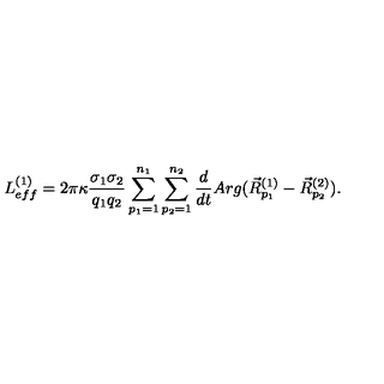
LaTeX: L _ { e f f } ^ { ( 1 ) } = 2 \pi \kappa \frac { \sigma _ { 1 } \sigma _ { 2 } } { q _ { 1 } q _ { 2 } } \sum _ { p _ { 1 } = 1 } ^ { n _ { 1 } } \sum _ { p _ { 2 } = 1 } ^ { n _ { 2 } } \frac { d } { d t } A r g ( \vec { R } _ { p _ { 1 } } ^ { ( 1 ) } - \vec { R } _ { p _ { 2 } } ^ { ( 2 ) } ) .